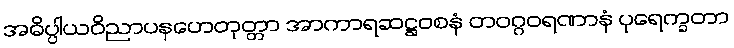
အဓိပ္ပါယဝိညာပနဟေတုတ္တာ အာကာရဆဋ္ဌဝစနံ တဝဂ္ဂဝရဏာနံ ပုရေက္ခတာ